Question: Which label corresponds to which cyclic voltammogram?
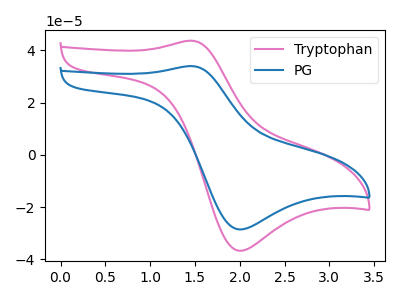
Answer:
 <answer>The pink curve is labeled "Tryptophan". The blue curve is labeled "PG".</answer>
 <eval></eval>